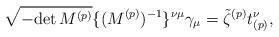
LaTeX: \begin{align*}\sqrt{-{\rm det}\, M^{(p)}} \{(M^{(p)})^{-1}\}^{\nu\mu} \gamma_\mu =\tilde{\zeta}^{(p)} t_{(p)}^\nu,\end{align*}